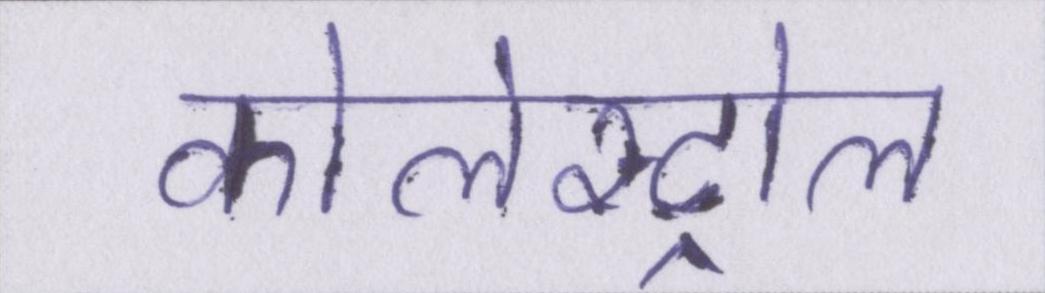
कोलेस्ट्रोल